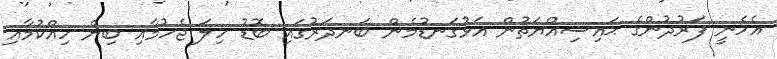
އެހެނީ ފަރުދުންގެ ޙައިސިއްޔަތުން އަޅުގަނޑުމެން ބަނދަރުގައި ބޮޑު ހިލަ ޖެހުމާއި ބިން ހިއްކުމާއި